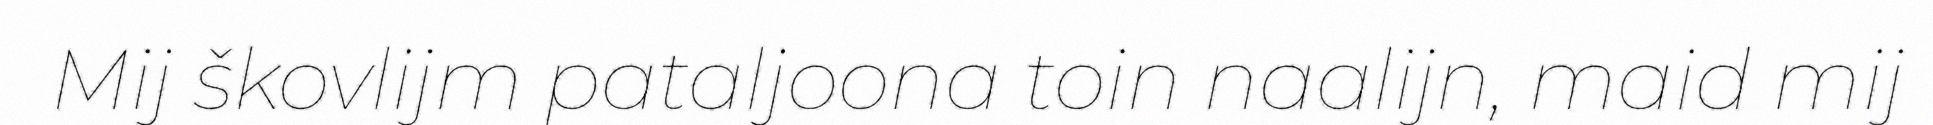
Mij škovlijm pataljoona toin naalijn, maid mij